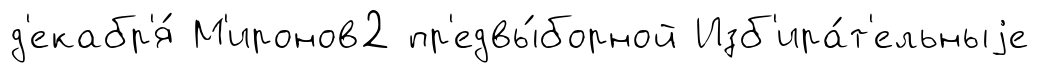
д'екабр'я́ М'иронов2 пр'едвы́борной Изб'ира́т'ельныjе